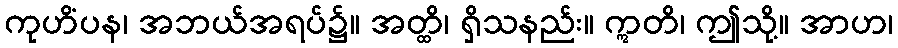
ကုဟိံပန၊ အဘယ်အရပ်၌။ အတ္ထိ၊ ရှိသနည်း။ ဣတိ၊ ဤသို့။ အာဟ၊